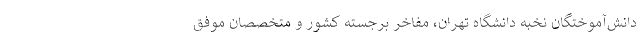
دانش‌آموختگان نخبه دانشگاه تهران، مفاخر برجسته کشور و متخصصان موفق